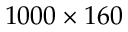
1 0 0 0 \times 1 6 0